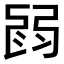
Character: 𢏽